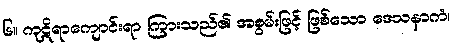
၆။ ကုဋိရာကျောင်းရာ ကြားသည်၏ အစွမ်းဖြင့် ဖြစ်သော ဒေသနာကံ၊